Report on sanitation, dispensaries, and jails in Rajputana for 1919, and on vaccination for the year 1919-1920 - 1919-1920
Year: 1919
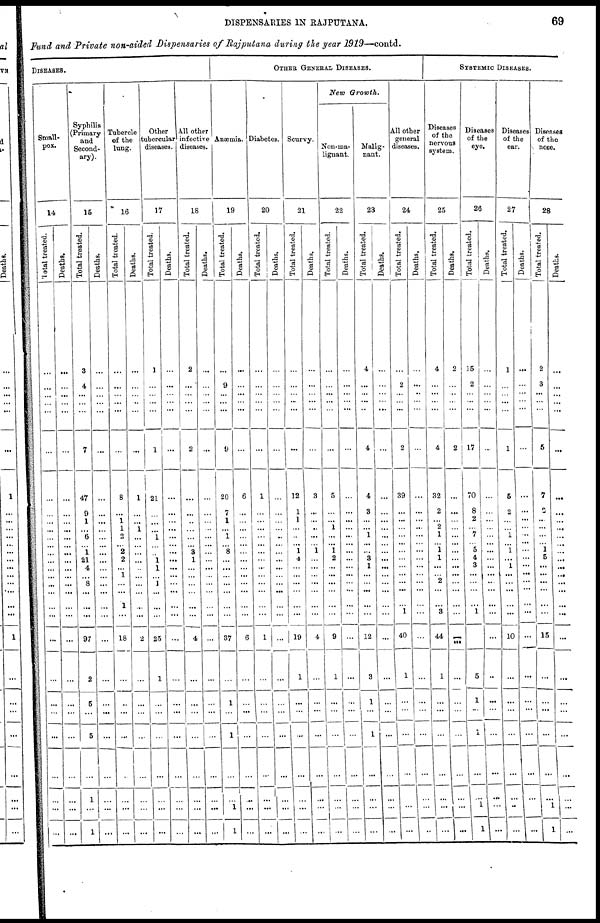
DISPENSARIES IN RAJPUTANA.
69
Fund and Private non-aided Dispensaries of Rajputana during the year 1919—contd.
DISEASES.
Small-
pox.
14
Total treated.
...
...
...
...
...
...
...
...
...
...
...
...
...
...
...
... ...
...
...
...
...
...
...
...
...
...
...
...
Deaths.
...
...
...
...
...
...
...
...
...
...
...
...
...
...
...
...
...
...
...
...
...
...
...
...
...
...
...
...
Syphilis
(Primary
and
Second-
ary).
15
Total treated.
3
4
...
...
...
7
47
9
1
...
6
...
1
21
4
... 8
...
...
97
2
5
...
5
...
1
...
1
Deaths.
...
...
...
...
...
...
...
...
...
...
...
...
...
...
...
...
...
...
...
...
...
...
...
...
...
...
...
...
Tubercle
of the
lung.
16
Total treated.
...
...
...
...
...
...
8
...
1
1
2
...
2
2
...
1
...
1
...
18
...
...
...
...
...
...
...
...
Deaths.
...
...
... ...
...
...
1
...
...
1
...
...
...
...
...
...
...
...
...
2
...
...
...
...
...
...
...
...
Other
tubercular
diseases.
17
Total treated.
1
...
...
...
...
1
21
...
...
...
1
...
... 1
1
... 1
...
...
25
1
...
...
...
...
...
...
...
Deaths.
...
...
...
...
...
...
...
...
...
...
...
...
...
...
...
...
...
...
...
...
...
...
...
...
...
...
...
...
All other
infective
diseases.
18
Total treated.
2
...
...
...
...
2
...
...
...
...
...
...
3 1
...
...
...
...
...
4
...
...
...
...
...
...
...
...
Deaths.
...
...
...
...
...
...
...
...
...
...
...
...
...
...
...
...
...
...
...
...
...
...
...
...
...
...
...
...
OTHER GENERAL DISEASES.
Anæmia.
19
Total treated.
...
9
...
...
...
9
20
7
1
...
1
...
8
...
...
...
...
...
...
37
...
1
...
1
...
...
1
1
Deaths.
...
...
...
...
...
...
6
...
...
...
...
...
...
...
...
...
...
...
...
6
...
...
...
...
...
...
...
...
Diabetes.
20
Total treated.
...
...
...
...
...
...
1
...
...
...
...
...
...
...
...
...
...
...
...
1
...
...
...
...
...
...
...
...
Deaths.
...
...
...
...
...
...
...
...
...
... ...
...
...
...
...
...
...
...
...
...
...
...
...
...
...
...
...
...
Scurvy.
21
Total treated.
...
...
...
...
...
...
12
1
1
...
...
...
1
4
...
...
...
...
...
19
1
...
...
...
...
...
...
...
Deaths.
...
...
...
...
...
...
3
...
...
...
...
...
1
...
...
...
...
...
...
4
...
...
...
...
...
...
...
. . .
New Growth.
Non-ma-
lignant.
22
Total treated.
...
...
...
...
...
...
5
...
...
1
...
...
1
2
...
...
...
...
...
9
1
...
...
...
...
...
...
. . .
Deaths.
...
...
...
...
...
...
...
...
...
...
...
...
...
...
...
...
...
...
...
...
...
...
...
...
...
...
...
. . .
Malig-
nant.
23
Total treated.
4
...
...
...
...
4
4
3
...
... 1
...
...
3
1
...
...
...
...
12
3
1
...
1
...
...
...
...
Deaths.
...
...
...
...
...
...
...
...
...
...
...
...
...
...
...
...
...
...
...
...
...
...
...
...
...
...
...
...
All other
general
diseases.
24
Total treated.
...
2
...
...
...
2
39
. ..
...
...
...
...
...
...
...
...
...
...
1
40
1
...
...
...
...
...
...
...
Deaths.
...
...
..
...
...
...
...
...
...
...
...
...
...
...
...
...
...
...
...
...
...
...
...
...
...
...
...
...
SYSTEMIC DISEASES.
Diseases
of the
nervous
system.
25
Total treated.
4
...
...
...
...
4
32
2
...
2
1
...
1
1
...
... 2
...
3
44
1
...
...
...
...
...
...
...
Deaths.
2
...
...
...
...
2
...
...
...
...
...
...
...
...
...
...
...
...
...
...
...
...
...
...
...
...
...
...
Diseases
of the
eye.
26
Total treated.
15
2
...
...
...
17
70
8
2
... 7
...
5
4
3
...
...
...
1
...
5
1
...
1
...
...
1
1
Deaths.
...
...
...
...
...
...
...
...
...
...
...
...
...
...
...
...
...
...
...
...
...
...
...
...
...
...
...
...
Diseases
of the
ear.
27
Total treated.
1
...
...
...
...
1
5
2
...
...
1
...
1
...
1
...
...
...
...
10
...
...
...
...
...
...
...
...
Deaths.
...
...
...
...
...
...
...
...
...
...
...
...
...
...
...
...
...
...
...
...
...
...
...
...
...
...
...
...
Diseases
of the
nose.
28
Total treated.
2
3
...
...
...
5
7
3
...
...
...
...
1
5
...
...
...
...
...
15
...
...
...
...
...
...
1
1
Deaths.
...
...
...
...
...
...
...
...
...
...
...
...
...
...
...
...
...
...
...
...
...
...
...
...
...
...
...
...